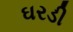
ઘરડી